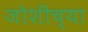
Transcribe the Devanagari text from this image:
जोशीच्या